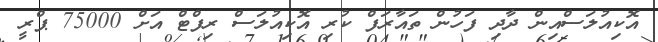
އޮކިއުލަސްއިން ދާދި ފަހުން ތައާރަފް ކުރި އޮކިއުލަސް ރިފްޓް އަށް 75000 ޕްރީ